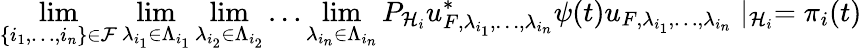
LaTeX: \operatorname*{lim}_{\{ i_{1},\ldots,i_{n}\} \in{\mathcal{F}}}\operatorname*{lim}_{\lambda_{i_{1}}\in\Lambda_{i_{1}}}\operatorname*{lim}_{\lambda_{i_{2}}\in\Lambda_{i_{2}}}\ldots\operatorname*{lim}_{\lambda_{i_{n}}\in\Lambda_{i_{n}}}P_{{\mathcal{H}}_{i}}u_{F,\lambda_{i_{1}},\ldots,\lambda_{i_{n}}}^{*}\psi(t)u_{F,\lambda_{i_{1}},\ldots,\lambda_{i_{n}}}\mid_{{\mathcal{H}}_{i}}=\pi_{i}(t)